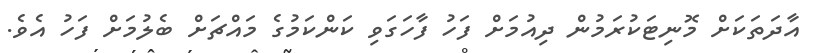
އާދަތަކަށް މޮނިޓަކުރަމުން ދިއުމަށް ފަހު ފާހަގަވި ކަންކަމުގެ މައްޗަށް ބެލުމަށް ފަހު އެވެ.